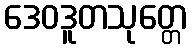
ဒေဝဒူတသုတ္တေ